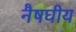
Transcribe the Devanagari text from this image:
नैषघीय